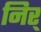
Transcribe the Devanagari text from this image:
निर्